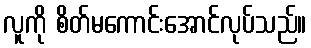
လူကို စိတ်မကောင်းအောင်လုပ်သည်။